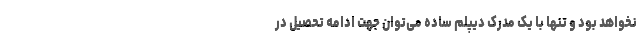
نخواهد بود و تنها با یک مدرک دیپلم ساده می‌توان جهت ادامه تحصیل در